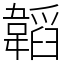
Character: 韜